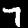
Digit: 7